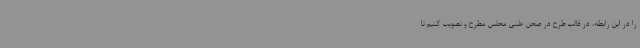
را در این رابطه، در قالب طرح در صحن علنی محلس مطرح و تصویب کنیم تا